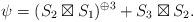
LaTeX: \begin{align*}\psi = (S_2 \boxtimes S_1)^{\oplus 3} + S_3 \boxtimes S_2.\end{align*}